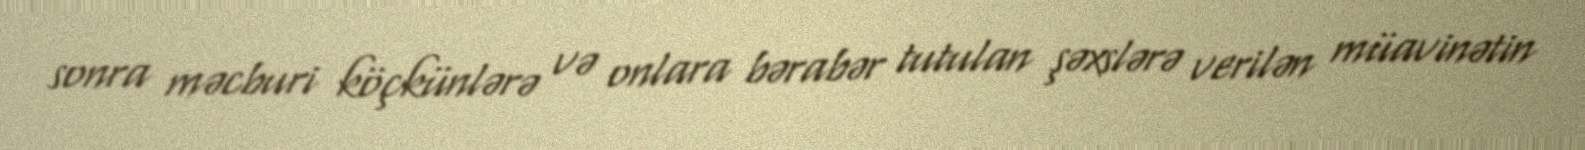
sonra məcburi köçkünlərə və onlara bərabər tutulan şəxslərə verilən müavinətin